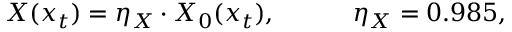
X ( x _ { t } ) = \eta _ { X } \cdot X _ { 0 } ( x _ { t } ) , \qquad \quad \eta _ { X } = 0 . 9 8 5 ,